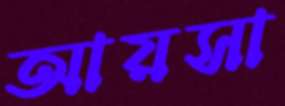
আয়সা